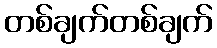
တစ်ချက်တစ်ချက်